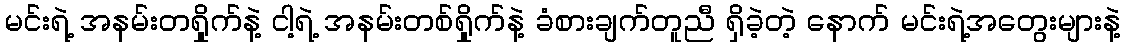
မင်းရဲ့ အနမ်းတရှိုက်နဲ့ ငါ့ရဲ့ အနမ်းတစ်ရှိုက်နဲ့ ခံစားချက်တူညီ ရှိခဲ့တဲ့ နောက် မင်းရဲ့အတွေးများနဲ့